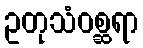
ဥတုသံဝစ္ဆရာ